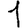
Digit: 1